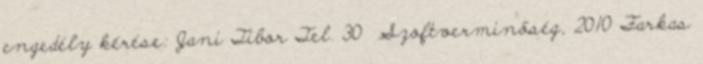
engedély kérése: Jani Tibor Tel. 30 Szoftverminőség, 2010 Farkas